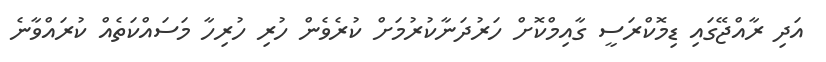
އަދި ރާއްޖޭގައި ޑިމޮކްރަސީ ގާއިމްކޮށް ހަރުދަނާކުރުމަށް ކުރެވެން ހުރި ހުރިހާ މަސައްކަތެއް ކުރައްވާނެ